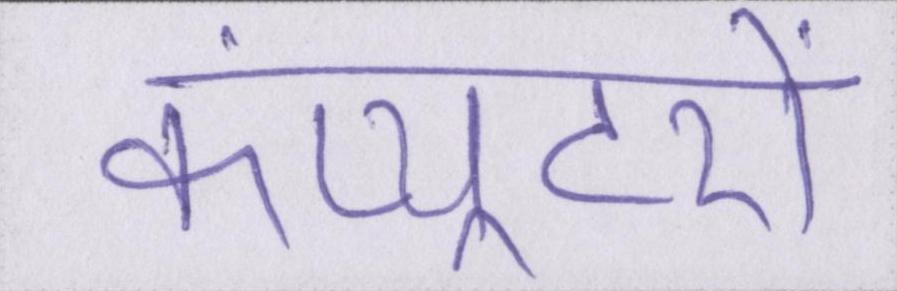
कंप्यूटरों